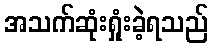
အသက်ဆုံးရှုံးခဲ့ရသည်